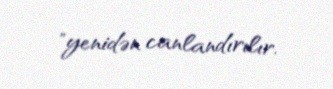
"yenidən canlandırılır.